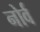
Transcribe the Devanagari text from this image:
नोर्व